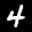
Label: 4